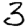
Digit: 3